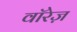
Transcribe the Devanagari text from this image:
वॉरेज़